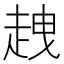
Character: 𧻭